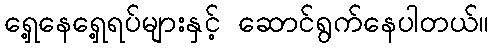
ရှေ့နေရှေ့ရပ်များနှင့် ဆောင်ရွက်နေပါတယ်။